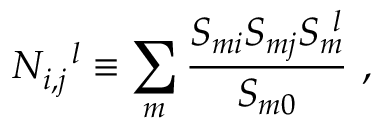
N _ { i , j } ^ { ~ ~ l } \equiv \sum _ { m } \frac { S _ { m i } S _ { m j } S _ { m } ^ { ~ l } } { S _ { m 0 } } ~ ,